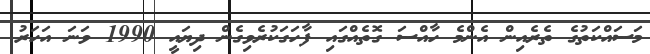
މަސައްކަތުގެ ތެރެއިން އެންމެ ހާއްސަ ގޮތެއްގައި ފާހަގަކުރެވިގެން ދިޔައީ 1990 ވަނަ އަހަރު